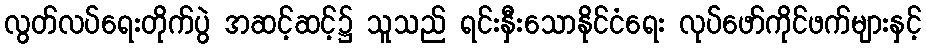
လွတ်လပ်ရေးတိုက်ပွဲ အဆင့်ဆင့်၌ သူသည် ရင်းနှီးသောနိုင်ငံရေး လုပ်ဖော်ကိုင်ဖက်များနှင့်